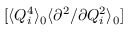
[ \langle Q _ { i } ^ { 4 } \rangle _ { 0 } \langle { \partial ^ { 2 } } / { \partial Q _ { i } ^ { 2 } } \rangle _ { 0 } ]